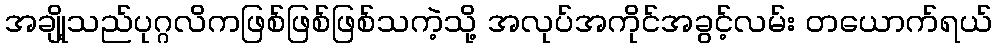
အချို့သည်ပုဂ္ဂလိကဖြစ်ဖြစ်ဖြစ်သကဲ့သို့ အလုပ်အကိုင်အခွင့်လမ်း တယောက်ရယ်